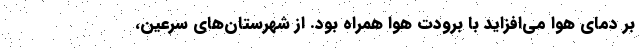
بر دمای هوا می‌افزاید با برودت هوا همراه بود. از شهرستان‌های سرعین،